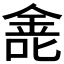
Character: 𫒐